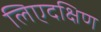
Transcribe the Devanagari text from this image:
लिएदक्षिण